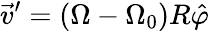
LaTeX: \vec{v}^{\prime}=({\Omega}-{\Omega}_{0})R\hat{\varphi}